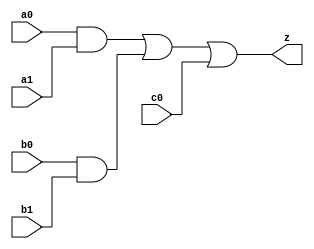
//#############################################################################
//# Function: And-Or (ao221) Gate                                             #
//# Copyright: OH Project Authors. All rights Reserved.                       #
//# License:  MIT (see LICENSE file in OH repository)                         #
//#############################################################################

module asic_ao221 #(parameter PROP = "DEFAULT")  (
   input  a0,
   input  a1,
   input  b0,
   input  b1,
   input  c0,
   output z
   );

   assign z = (a0 & a1) | (b0 & b1) | (c0);

endmodule